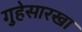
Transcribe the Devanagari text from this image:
गुहेसारखा